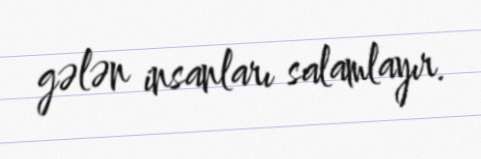
gələn insanları salamlayır.